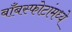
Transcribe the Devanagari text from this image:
बाँबस्फोटांमध्ये